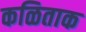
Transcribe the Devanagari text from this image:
कळिताक